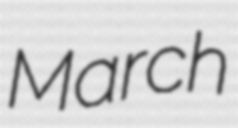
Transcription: March